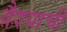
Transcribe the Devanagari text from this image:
वैश्याची